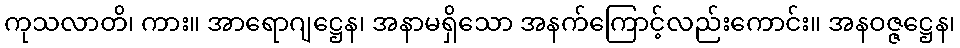
ကုသလာတိ၊ ကား။ အာရောဂျဋ္ဌေန၊ အနာမရှိသော အနက်ကြောင့်လည်းကောင်း။ အနဝဇ္ဇဋ္ဌေန၊